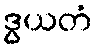
ဒွယတံ